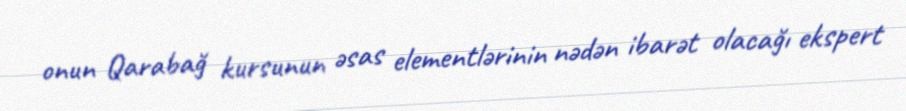
onun Qarabağ kursunun əsas elementlərinin nədən ibarət olacağı ekspert